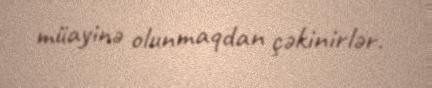
müayinə olunmaqdan çəkinirlər.